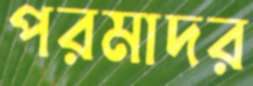
পরমাদর